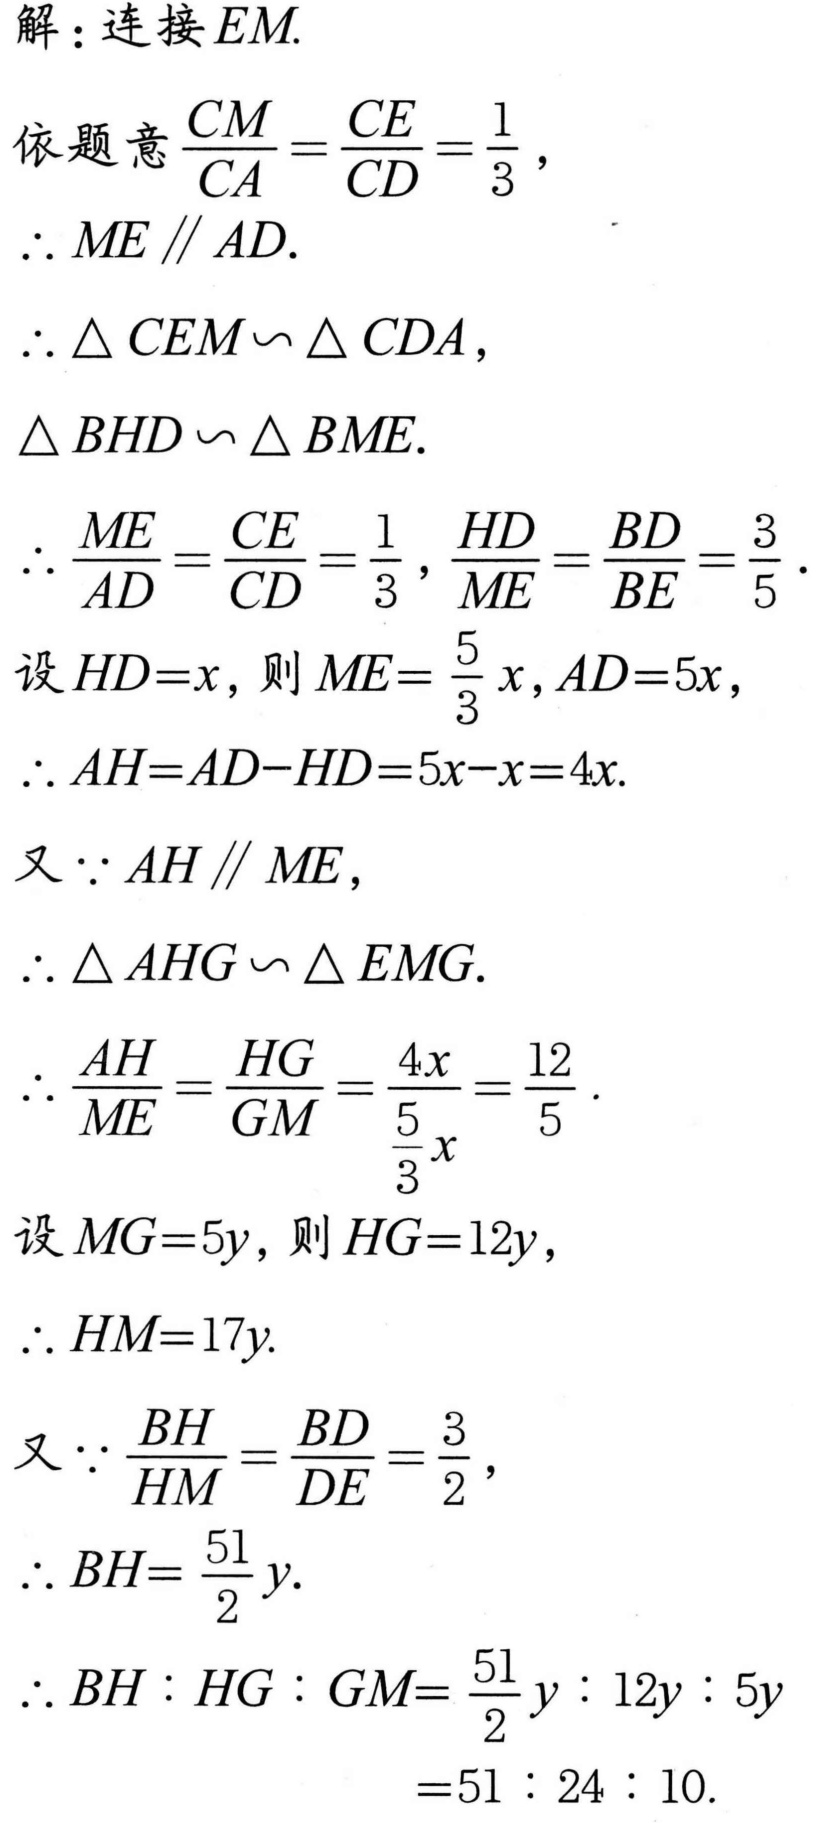
解：连接\(EM\).
依题意\(\frac{CM}{CA}=\frac{CE}{CD}=\frac{1}{3}\)，
\(\therefore ME\parallel AD\).
\(\therefore\triangle CEM\backsim\triangle CDA\)，
\(\triangle BHD\backsim\triangle BME\).
\(\therefore\frac{ME}{AD}=\frac{CE}{CD}=\frac{1}{3}\)，\(\frac{HD}{ME}=\frac{BD}{BE}=\frac{3}{5}\).
设\(HD = x\)，则\(ME=\frac{5}{3}x\)，\(AD = 5x\)，
\(\therefore AH=AD - HD=5x - x = 4x\).
又\(\because AH\parallel ME\)，
\(\therefore\triangle AHG\backsim\triangle EMG\).
\(\therefore\frac{AH}{ME}=\frac{HG}{GM}=\frac{4x}{\frac{5}{3}x}=\frac{12}{5}\).
设\(MG = 5y\)，则\(HG = 12y\)，
\(\therefore HM = 17y\).
又\(\because\frac{BH}{HM}=\frac{BD}{DE}=\frac{3}{2}\)，
\(\therefore BH=\frac{51}{2}y\).
\(\therefore BH:HG:GM=\frac{51}{2}y:12y:5y\)
\(= 51:24:10\).